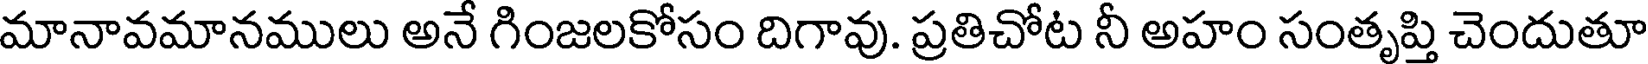
మానావమానములు అనే గింజలకోసం దిగావు. ప్రతిచోట నీ అహం సంతృప్తి చెందుతూ